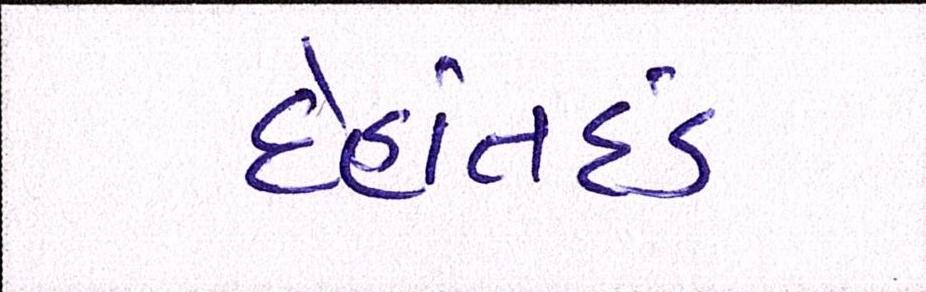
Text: દેહાંતદંડ